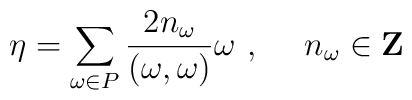
\eta=\sum\limits_{\omega \in P}\frac{2n_\omega }{(\omega ,\omega)}\omega\ ,\ \ \ \ n_\omega \in {\bf Z}